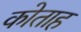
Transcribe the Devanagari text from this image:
कोताह